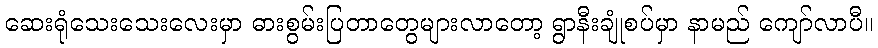
ဆေးရုံသေးသေးလေးမှာ ဓားစွမ်းပြတာတွေများလာတော့ ရွာနီးချုံစပ်မှာ နာမည် ကျော်လာပီ။